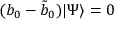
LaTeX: ( b _ { 0 } - { \tilde { b } } _ { 0 } ) | \Psi \rangle = 0